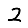
Digit: 2